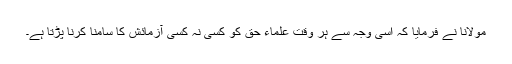
مولانا نے فرمایا کہ اسی وجہ سے ہر وقت علماء حق کو کسی نہ کسی آزمائش کا سامنا کرنا پڑتا ہے۔